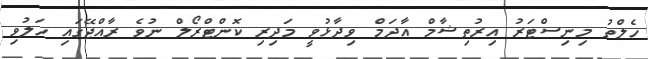
ހެލްތު މިނިސްޓަރު އިރުތިޝާމް އާދަމް ވިދާޅުވީ މަދިރި ކޮންޓްރޯލް ނުވެ ރާއްޖޭގައި ހަލުވި